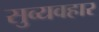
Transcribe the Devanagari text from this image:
सुव्यवहार